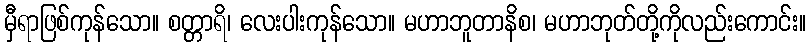
မှီရာဖြစ်ကုန်သော။ စတ္တာရိ၊ လေးပါးကုန်သော။ မဟာဘူတာနိစ၊ မဟာဘုတ်တို့ကိုလည်းကောင်း။